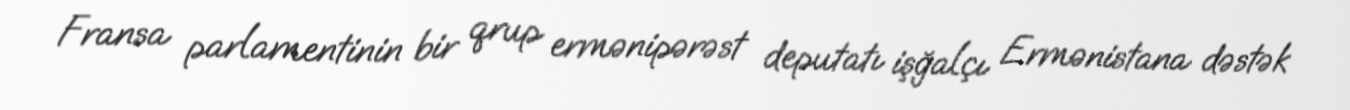
Fransa parlamentinin bir qrup ermənipərəst deputatı işğalçı Ermənistana dəstək